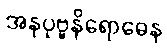
အနုပုဗ္ဗနိရောဓေန